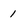
Character: 1